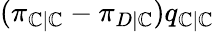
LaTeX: (\pi_{\mathbb{C}|\mathbb{C}}-\pi_{D|\mathbb{C}})q_{\mathbb{C}|\mathbb{C}}